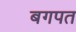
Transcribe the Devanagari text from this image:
बगपत